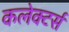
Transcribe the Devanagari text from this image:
कलेक्‍टर्स